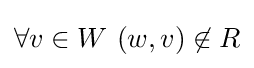
\forall v\in W\ (w,v)\not \in R